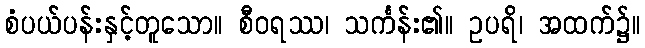
စံပယ်ပန်းနှင့်တူသော။ စီဝရဿ၊ သင်္ကန်း၏။ ဥပရိ၊ အထက်၌။